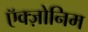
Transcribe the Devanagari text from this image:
ऍक्ज़ोनिम